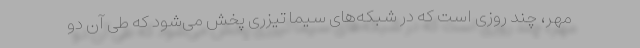
مهر، چند روزی است که در شبکه‌های سیما تیزری پخش می‌شود که طی آن دو